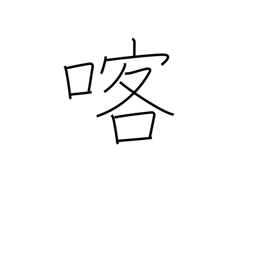
Meaning: vomit